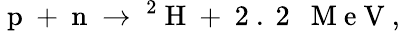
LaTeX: \mathrm{~p~+~n~}\to\ ^{2}\mathrm{~H~+~2~.~2~~~M~e~V~,~}